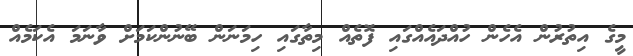
މީގެ އިތުރުން އެހެން ހުއްދައެއްގައި ފޮތެއް މިތާގައި ހިމަނަން ބޭނުންކަމަށް ވާނަމަ އެކަމެއް